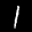
Label: 1